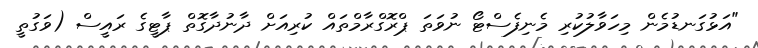
"އަޅުގަނޑުމެން މިހަވާލުކުރި މެނިފެސްޓޯ ނުވަތަ ޕްރޮގްރާމްތައް ކުރިއަށް ދާނުދާގޮތް ޕާޓީގެ ރައީސް (ވަގުތީ